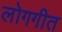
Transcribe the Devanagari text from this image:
लोगगीत